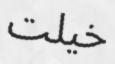
خيلت